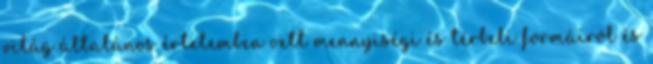
világ általános értelemben vett mennyiségi és térbeli formáiról és